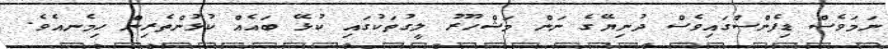
ނަމަވެސް ޑިފެންސްގައިވެސް ދުނިޔޭގެ ނަން މަޝްހޫރު ލީގުތަކުގައި ކުޅޭ ބައެއް ކުޅުންތެރިން ހިމެނއެވެ.